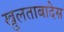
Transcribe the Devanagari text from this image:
खुलताबादेस